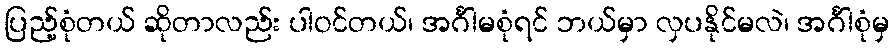
ပြည့်စုံတယ် ဆိုတာလည်း ပါဝင်တယ်၊ အင်္ဂါမစုံရင် ဘယ်မှာ လှပနိုင်မလဲ၊ အင်္ဂါစုံမှ